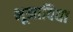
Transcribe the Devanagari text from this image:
भूमाविद्या